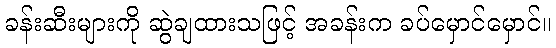
ခန်းဆီးများကို ဆွဲချထားသဖြင့် အခန်းက ခပ်မှောင်မှောင်။